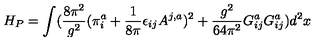
H _ { P } = \int ( \frac { 8 \pi ^ { 2 } } { g ^ { 2 } } ( \pi _ { i } ^ { a } + \frac { 1 } { 8 \pi } \epsilon _ { i j } A ^ { j , a } ) ^ { 2 } + \frac { g ^ { 2 } } { 6 4 \pi ^ { 2 } } G _ { i j } ^ { a } G _ { i j } ^ { a } ) d ^ { 2 } x